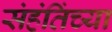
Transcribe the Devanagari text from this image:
संहंतिंच्या